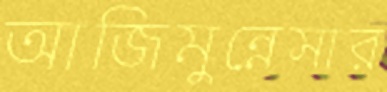
আজিমুন্নেসার